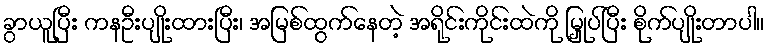
ခွာယူပြီး ကနဦးပျိုးထားပြီး၊ အမြစ်ထွက်နေတဲ့ အရိုင်းကိုင်းထဲကို မြှုပ်ပြီး စိုက်ပျိုးတာပါ။